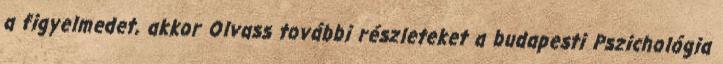
a figyelmedet, akkor Olvass további részleteket a budapesti Pszichológia